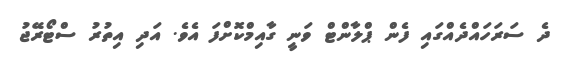
ދެ ސަރަހައްދެއްގައި ފެން ޕްލާންޓް ވަނީ ގާއިމްކޮށްފަ އެވެ. އަދި އިތުރު ސްޓޯރޭޖު